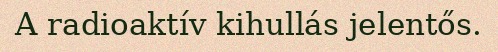
A radioaktív kihullás jelentős.